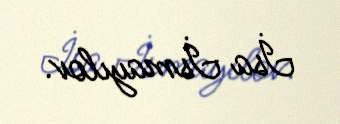
İsa İsmayılov.